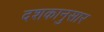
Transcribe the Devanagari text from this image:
दशकानुसार